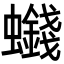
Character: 𮕒